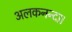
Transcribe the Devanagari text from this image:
अलकनन्दा।